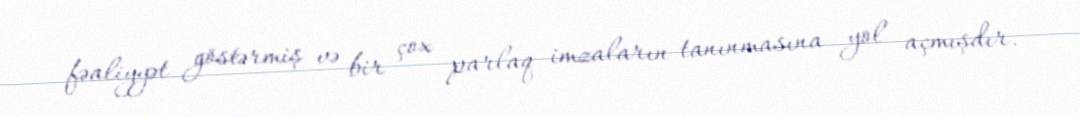
fəaliyyət göstərmiş və bir çox parlaq imzaların tanınmasına yol açmışdır.